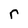
Character: r